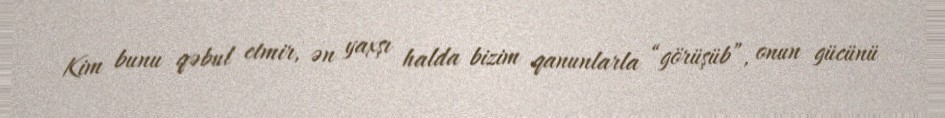
Kim bunu qəbul etmir, ən yaxşı halda bizim qanunlarla “görüşüb”, onun gücünü